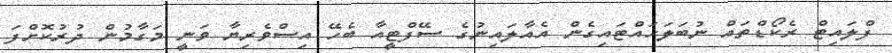
ފްލައިޓް ރެކޯޑްތައް ނުބަލަހައްޓައިގެން އެއާލައިނުގެ ސޭފްޓީއާ ބެހޭ އިސްވެރިޔާ ވަނީ މަގާމުން ދުރުކޮށްފަ